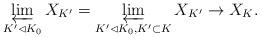
LaTeX: \begin{align*} \varprojlim_{K'\lhd K_0}X_{K'}=\varprojlim_{K'\lhd K_0, K'\subset K}X_{K'}\to X_K. \end{align*}